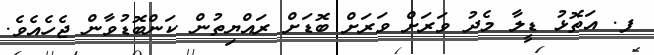
ފ. އަތޮޅު ޑީލާ މެދު ވަރަށް ވަރަށް ބޮޑަށް ރައްޔިތުން ކަންބޮޑުވާން ޖެހެއެވެ.